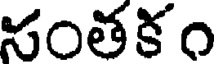
సంతకం